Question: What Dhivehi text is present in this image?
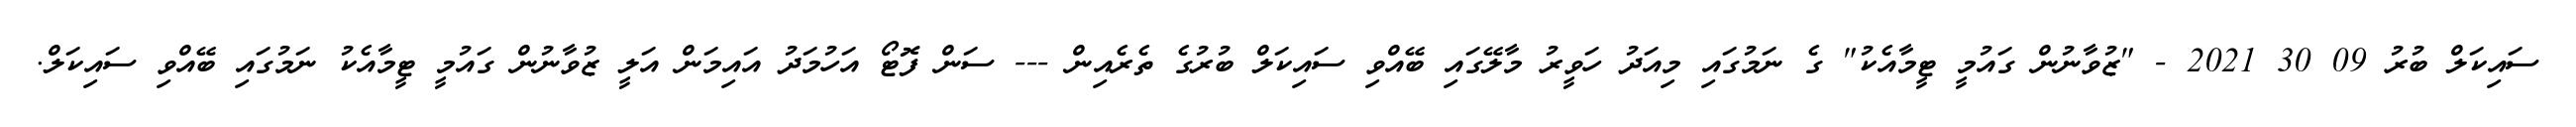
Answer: ސައިކަލް ބުރު 09 30 2021 - "ޒުވާނުން ގައުމީ ޓީމާއެކު" ގެ ނަމުގައި މިއަދު ހަވީރު މާލޭގައި ބޭއްވި ސައިކަލް ބުރުގެ ތެރެއިން --- ސަން ފޮޓޯ އަހުމަދު އައިމަން އަލީ ޒުވާނުން ގައުމީ ޓީމާއެކު ނަމުގައި ބޭއްވި ސައިކަލް.